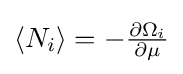
\textstyle \langle N_{i}\rangle =-{\tfrac {\partial \Omega _{i}}{\partial \mu }}